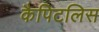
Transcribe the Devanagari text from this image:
कैपिटलिस